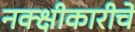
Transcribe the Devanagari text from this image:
नक्क्षीकारीचे